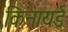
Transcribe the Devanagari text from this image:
किनायर्ड